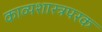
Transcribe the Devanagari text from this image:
काव्यशास्त्रपरक